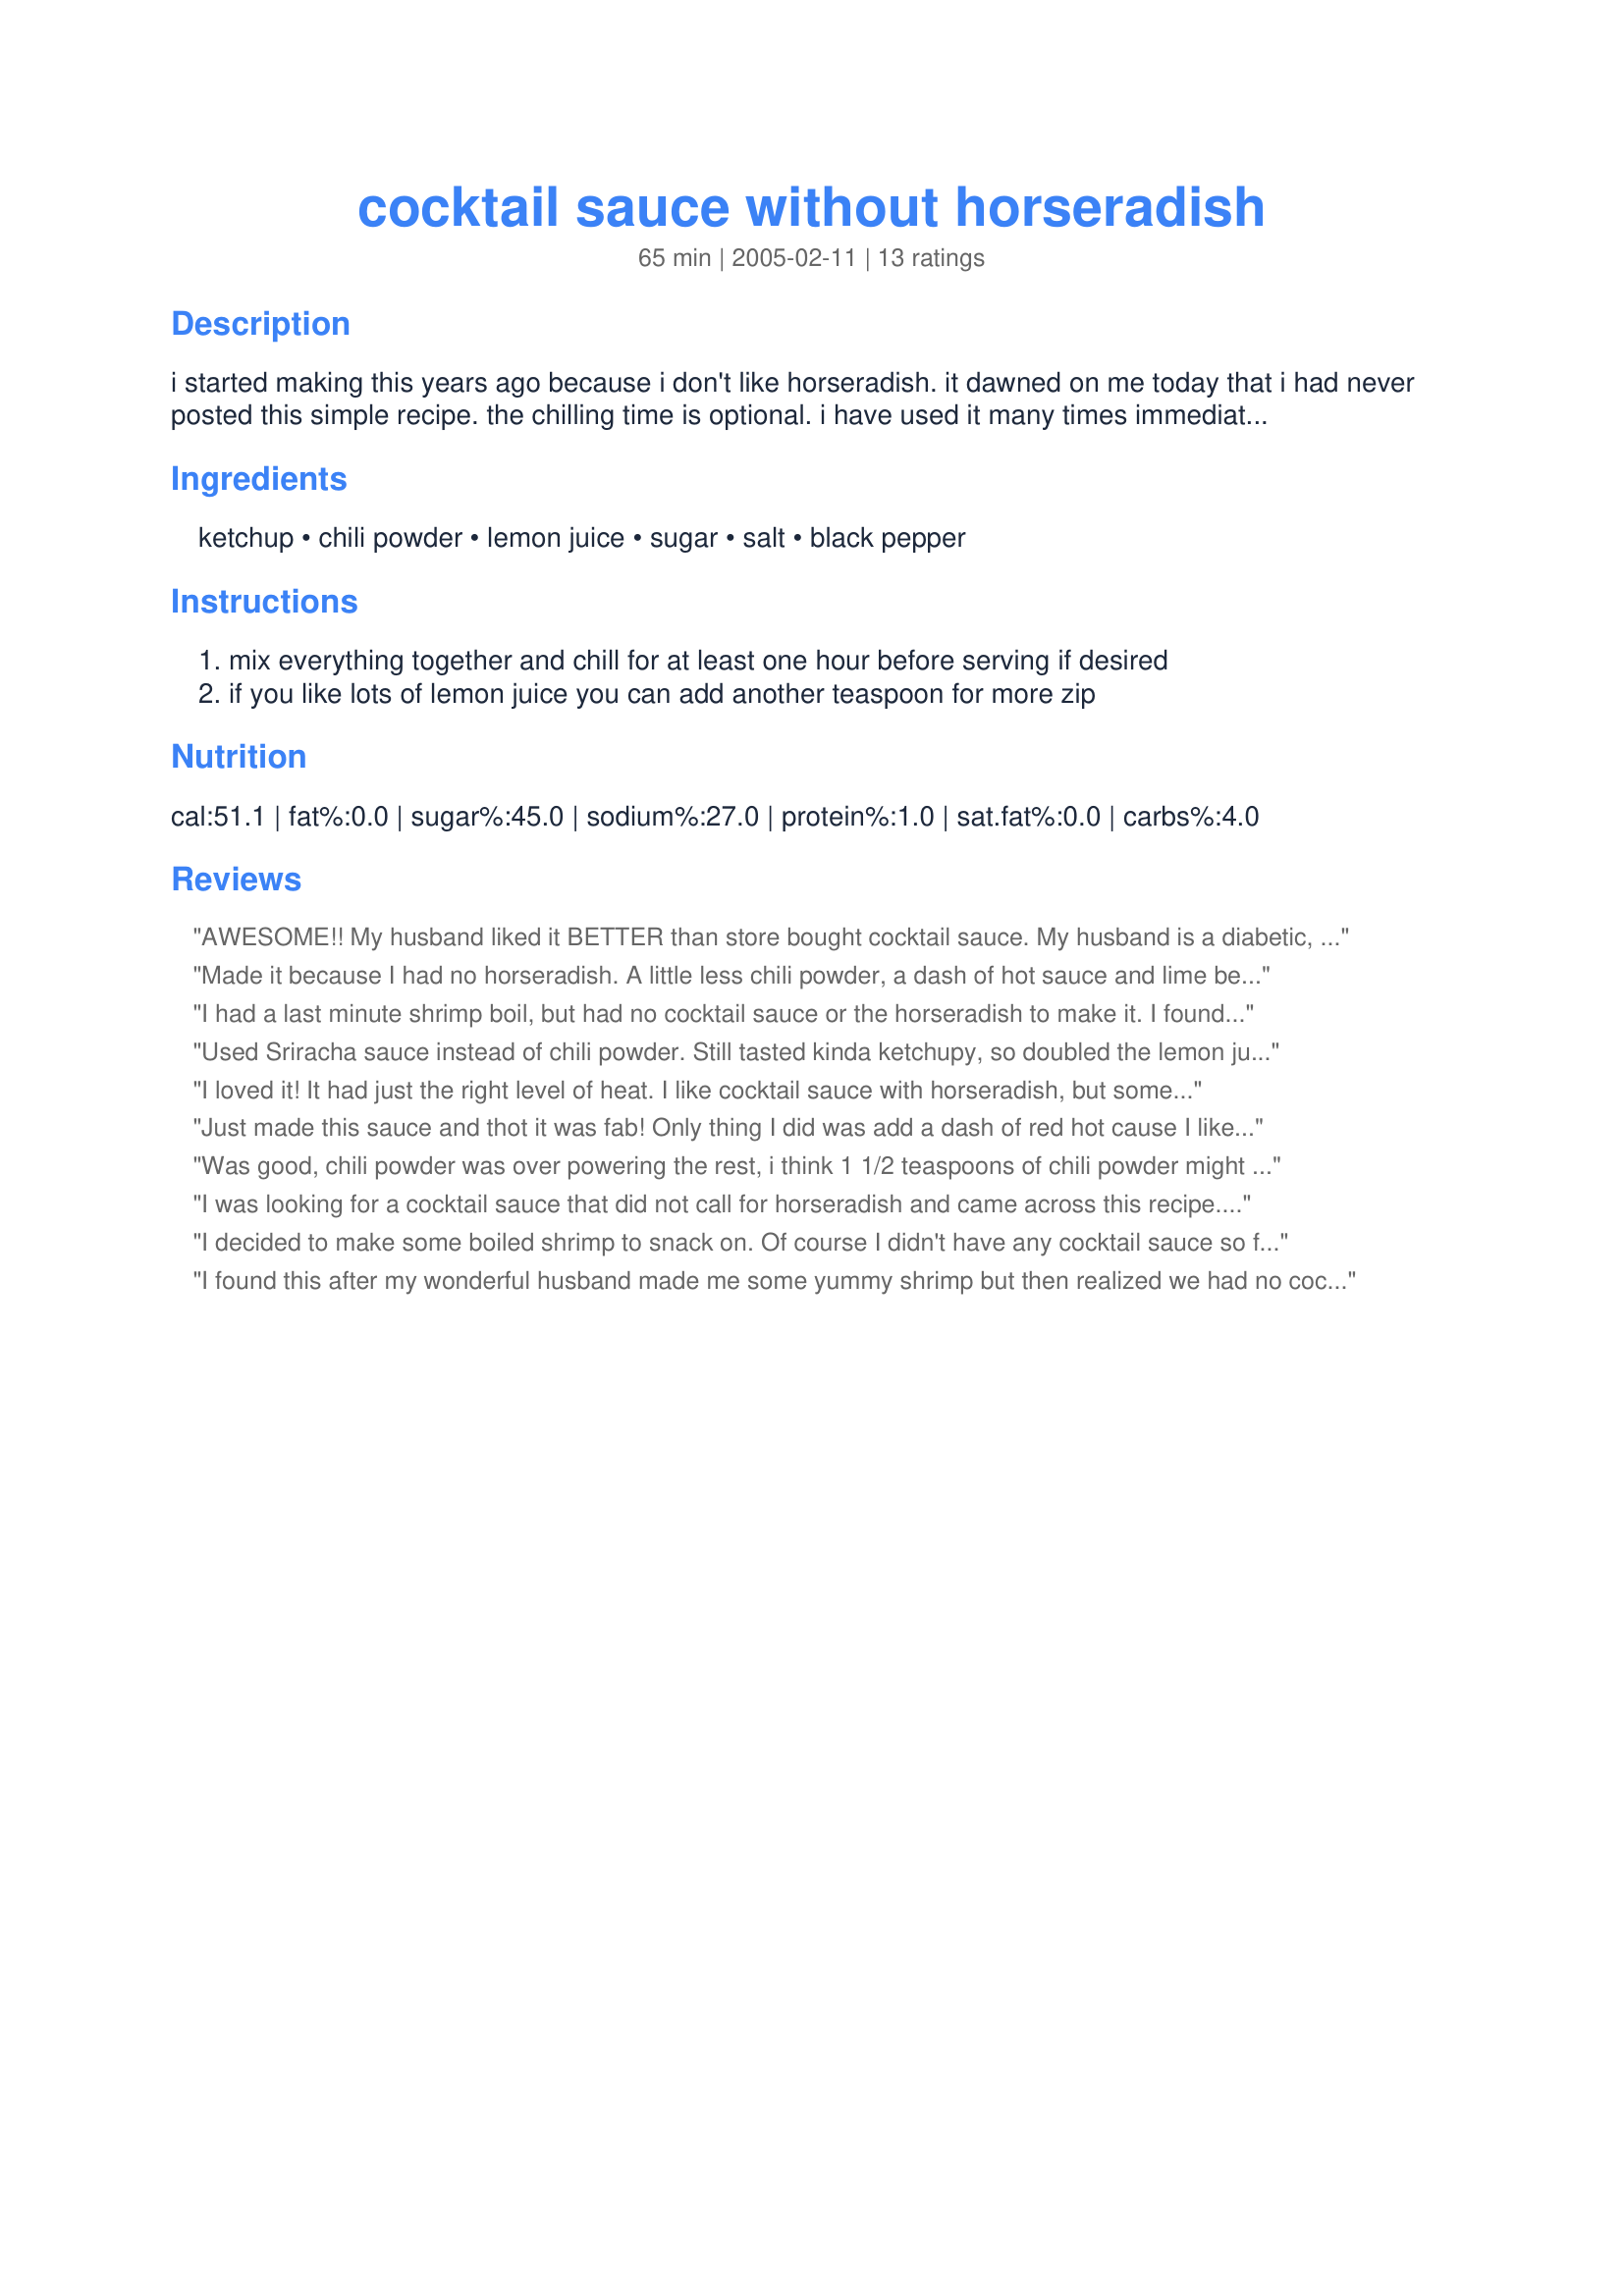
cocktail sauce without horseradish
Preparation time: 65 minutes

i started making this years ago because i don't like horseradish. it dawned on me today that i had never posted this simple recipe. the chilling time is optional. i have used it many times immediately after mixing. chilling just blends the flavors a little more. cooking time is chilling time.

Ingredients:
ketchup, chili powder, lemon juice, sugar, salt, black pepper

Steps:
mix everything together and chill for at least one hour before serving if desired
if you like lots of lemon juice you can add another teaspoon for more zip

Reviews:
AWESOME!!	My husband liked it BETTER than store bought cocktail sauce. My husband is a diabetic, so I used Splenda instead of sugar. Very good and simple!!
Made it because I had no horseradish. A little less chili powder, a dash of hot sauce and lime because I had no lemon. It was really good.
I had a last minute shrimp boil, but had no cocktail sauce or the horseradish to make it. I found this recipe and it came out very good. Very simple to make ahead of time. Before eating the shrimp, I kept the sauce in the frig to give the flavors time to blend. We found the spice was very good, but some might want to add red pepper or hot sauce to kick it up a notch.
Used Sriracha sauce instead of chili powder. Still tasted kinda ketchupy, so doubled the lemon juice and was just right.
I loved it! It had just the right level of heat. I like cocktail sauce with horseradish, but sometimes it&#039;s too hot for me. The chili flavor was a welcome change. So easy to cut the recipe down, too. I&#039;ll definitely make again and again!
Just made this sauce and thot it was fab! Only thing I did was add a dash of red hot cause I like things spicy but so happy I found this horseradish free sauce! Thanks so much for posting it!
Was good, chili powder was over powering the rest, i think 1 1/2 teaspoons of chili powder might due then add more to taste. I added chow chow relish to mine and im sure regular relish would be nice in it also.
I was looking for a cocktail sauce that did not call for horseradish and came across this recipe. I made 1/2 the recipe because there is only DH and myself. This was okay, but just did not hit on the flavor I was after. It probably could be tweeked to more suit my taste. The chili powder flavor seemed to overpower the sauce. I still would encourage anyone to try this recipe. Thanks CarrolJ, I look forward to trying more of your recipes!
I decided to make some boiled shrimp to snack on. Of course I didn't have any cocktail sauce so finding this easy recipe was great! I love that it doesn't have horseradish since I NEVER have that stuff in my pantry. Anyway, I made it and I'm eating it right now. It obviously isn't traditional and so it doesn't takes exactly as normal cocktail sauce would but, it isn't bad either. This is a great simple sauce to make when you really need cocktail sauce in a pinch. I'm grateful you shared this recipe! Thanks! Oh, and it's super tasty :D
I found this after my wonderful husband made me some yummy shrimp but then realized we had no cocktail sauce. This.was.amazing! Thank you so much for sharing!
Loved the recipe instead of relish I used mayo and it was a hit
I had forgotten to buy cocktail sauce, once again, and knowing I didn't have any horseradish, googled sauce without horseradish. Lo and behold, I found this recipe which came out perfectly. Tastes exactly like cocktail sauce, is simple to make and even has a little kick to it. Thanks so much for sharing. I'm enjoying my shrimp cocktail as I write this.
Was ok. Needed something without horseradish as it&#039;s not something we have on hand. I reduced this back to a third the amount. The change I incorporated was the addition of about a tsp of worcestershire. Yum.
